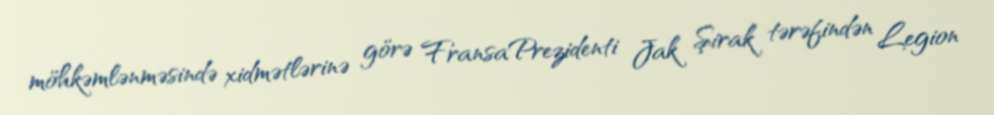
möhkəmlənməsində xidmətlərinə görə FransaPrezidenti Jak Şirak tərəfindən Legion